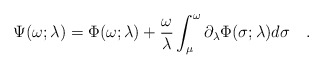
\begin{align*}\Psi(\omega;\lambda)=\Phi(\omega;\lambda) +{\omega \over\lambda}\int_{\mu}^{\omega}\partial_\lambda \Phi(\sigma;\lambda)d\sigma~~~.\end{align*}